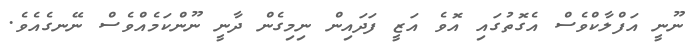
ނޫނީ އަފްލާކްވެސް އެގޮތުގައި އޮވެ އަޒީ ފަދައިން ނިމިގެން ދާނީ ނޫންކަމެއްވެސް ނޭނގެއެވެ.